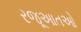
રજૂઆતઓ